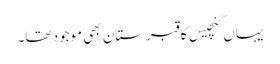
یہاں گنچیس کا قبرستان بھی موجود تھا۔